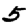
Digit: 5